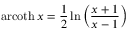
\operatorname { a r c o t h } x = { \frac { 1 } { 2 } } \ln \left( { \frac { x + 1 } { x - 1 } } \right)